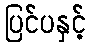
ပြင်ပနှင့်